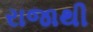
રાજાથી